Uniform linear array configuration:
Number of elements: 24
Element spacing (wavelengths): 1
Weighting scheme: cosine
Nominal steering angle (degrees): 30
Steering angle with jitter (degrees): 31.658
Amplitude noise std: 0.05
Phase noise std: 0.05

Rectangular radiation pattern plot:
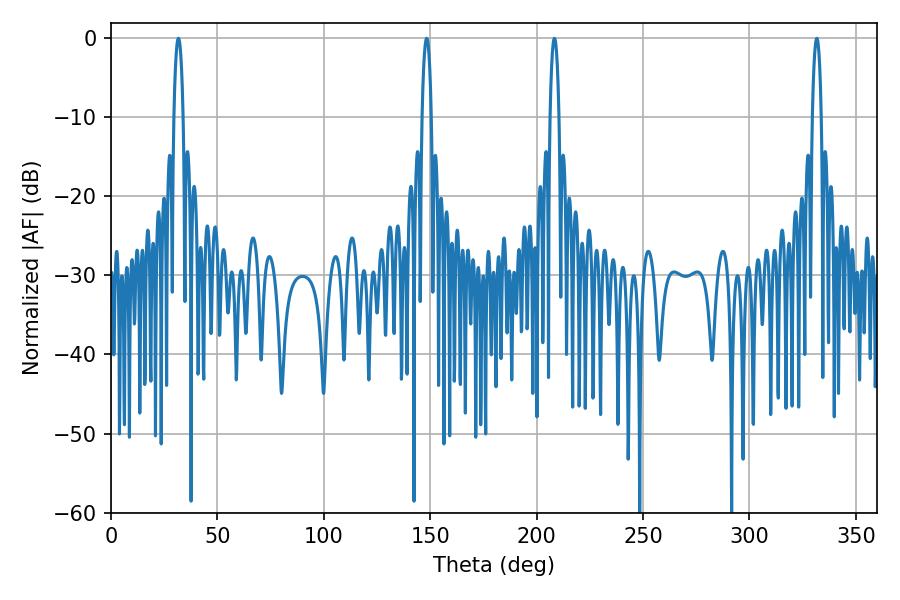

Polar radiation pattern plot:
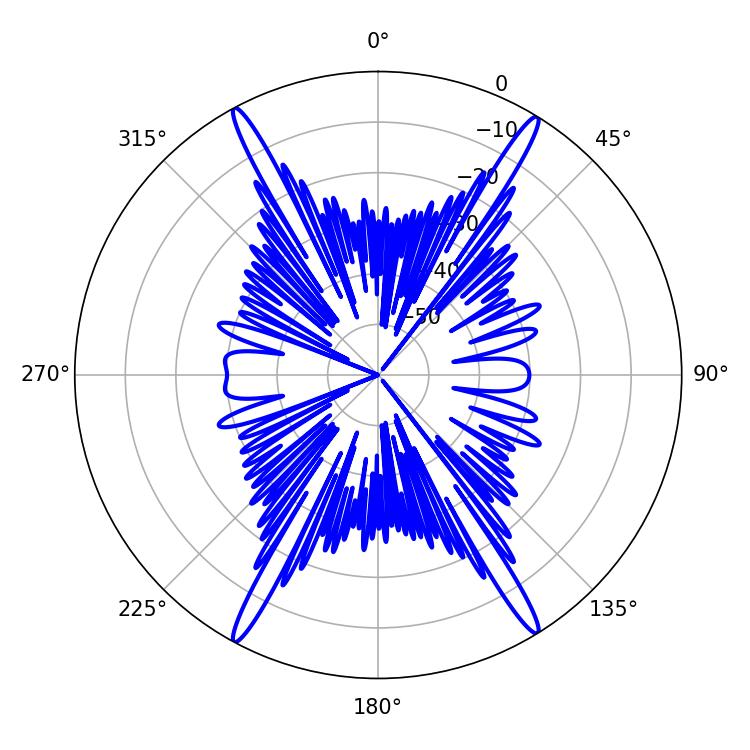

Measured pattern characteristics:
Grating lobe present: TRUE
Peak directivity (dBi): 24.86
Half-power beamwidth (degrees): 2.52
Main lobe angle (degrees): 31.68